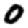
Digit: 0